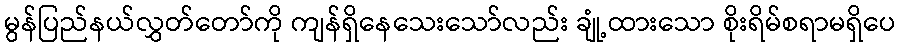
မွန်ပြည်နယ်လွှတ်တော်ကို ကျန်ရှိနေသေးသော်လည်း ချုံ့ထားသော စိုးရိမ်စရာမရှိပေ